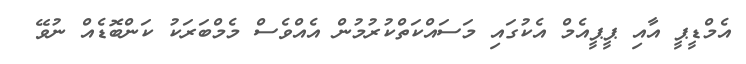
އެމްޑީޕީ އާއި ޕީޕީއެމް އެކުގައި މަސައްކަތްކުރުމުން އެއްވެސް މެމްބަރަކު ކަންބޮޑެއް ނުވޭ